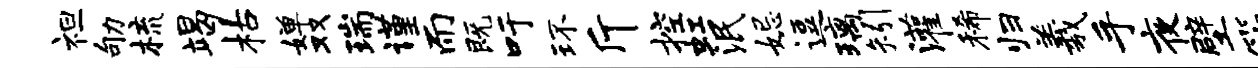
袒劬梳竭枯婵双瑞谨而既吁环斤控虹泯妃逗璃矧灌稀归羲手夜壁筠